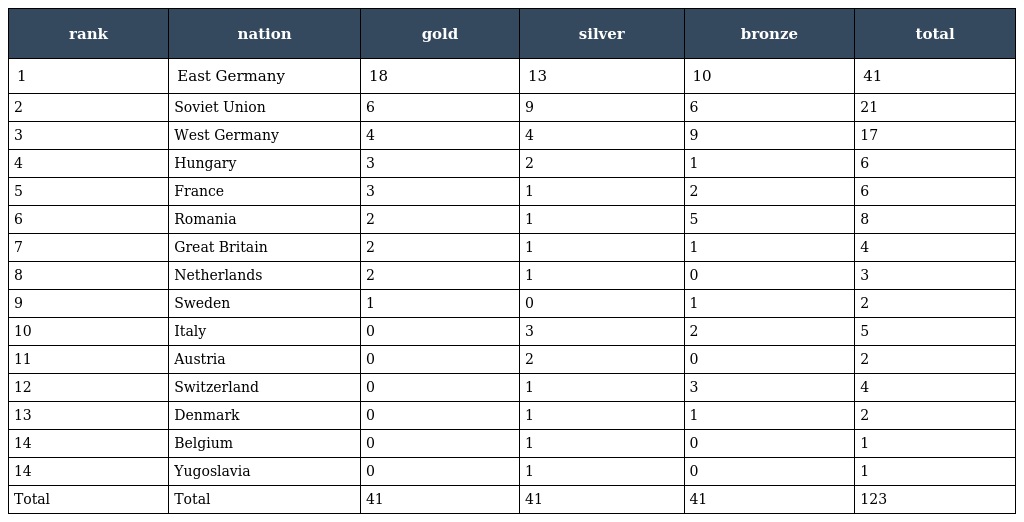
| rank | nation | gold | silver | bronze | total |
 | --- | --- | --- | --- | --- | --- |
 | 1 | East Germany | 18 | 13 | 10 | 41 |
 | 2 | Soviet Union | 6 | 9 | 6 | 21 |
 | 3 | West Germany | 4 | 4 | 9 | 17 |
 | 4 | Hungary | 3 | 2 | 1 | 6 |
 | 5 | France | 3 | 1 | 2 | 6 |
 | 6 | Romania | 2 | 1 | 5 | 8 |
 | 7 | Great Britain | 2 | 1 | 1 | 4 |
 | 8 | Netherlands | 2 | 1 | 0 | 3 |
 | 9 | Sweden | 1 | 0 | 1 | 2 |
 | 10 | Italy | 0 | 3 | 2 | 5 |
 | 11 | Austria | 0 | 2 | 0 | 2 |
 | 12 | Switzerland | 0 | 1 | 3 | 4 |
 | 13 | Denmark | 0 | 1 | 1 | 2 |
 | 14 | Belgium | 0 | 1 | 0 | 1 |
 | 14 | Yugoslavia | 0 | 1 | 0 | 1 |
 | Total | Total | 41 | 41 | 41 | 123 |